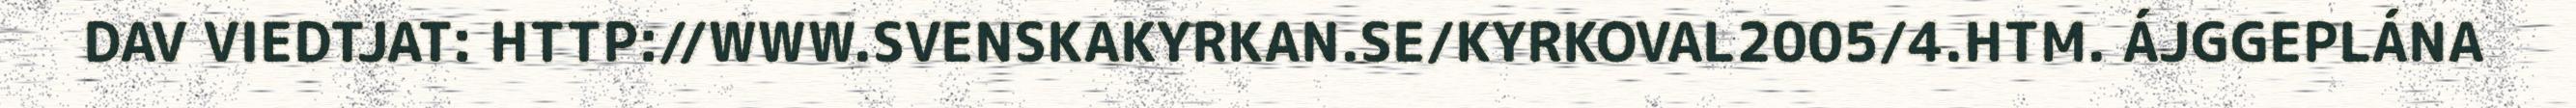
DAV VIEDTJAT: HTTP://WWW.SVENSKAKYRKAN.SE/KYRKOVAL2005/4.HTM. ÁJGGEPLÁNA